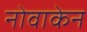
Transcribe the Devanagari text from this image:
नोवाकेन